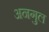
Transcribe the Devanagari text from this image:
अनगुल